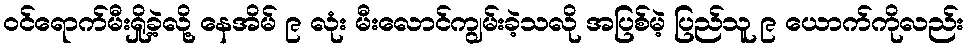
ဝင်ရောက်မီးရှို့ခဲ့လို့ နေအိမ် ၉ လုံး မီးလောင်ကျွမ်းခဲ့သလို အပြစ်မဲ့ ပြည်သူ ၉ ယောက်ကိုလည်း